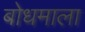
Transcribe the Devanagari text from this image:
बोधमाला